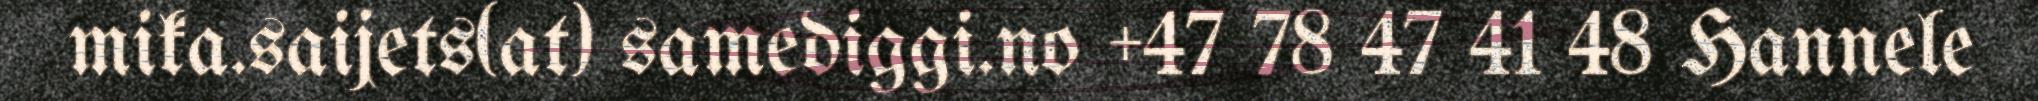
mika.saijets(at) samediggi.no +47 78 47 41 48 Hannele